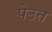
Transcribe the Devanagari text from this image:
पेउत